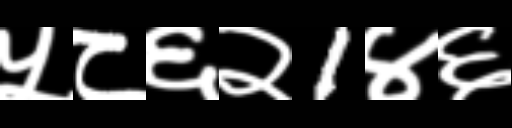
Text: ५८६२1४६